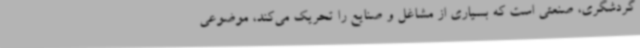
گردشگری، صنعتی است که بسیاری از مشاغل و صنایع را تحریک می‌کند، موضوعی